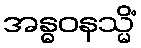
အန္ဓဝနသ္မိံ